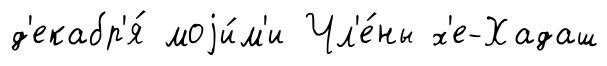
д'екабр'я́ моjи́м'и Чл'е́ны х'е-Хадаш